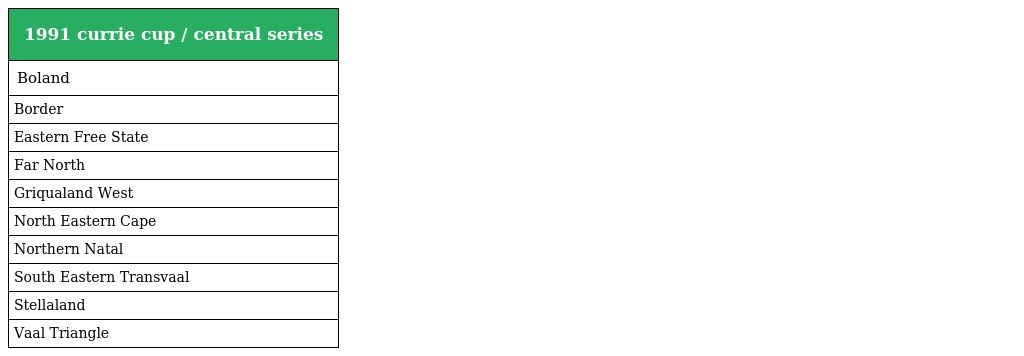
| 1991 currie cup / central series |
 | --- |
 | Boland |
 | Border |
 | Eastern Free State |
 | Far North |
 | Griqualand West |
 | North Eastern Cape |
 | Northern Natal |
 | South Eastern Transvaal |
 | Stellaland |
 | Vaal Triangle |